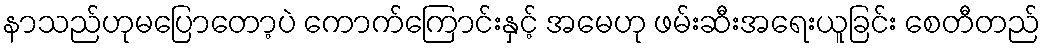
နာသည်ဟုမပြောတော့ပဲ ကောက်ကြောင်းနှင့် အမေဟု ဖမ်းဆီးအရေးယူခြင်း စေတီတည်